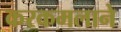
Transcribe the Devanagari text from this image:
करकमलाने